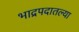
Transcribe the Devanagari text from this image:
भाद्रपदातल्या